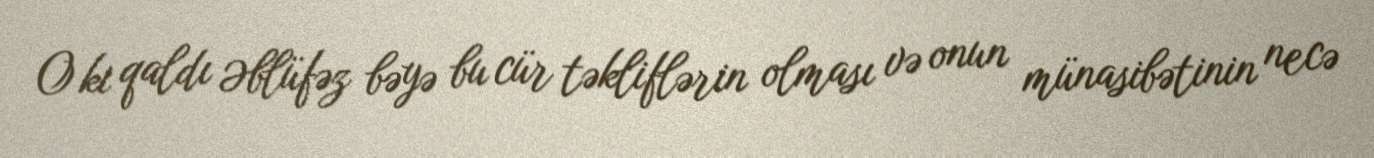
O ki qaldı Əblüfəz bəyə bu cür təkliflərin olması və onun münasibətinin necə